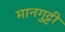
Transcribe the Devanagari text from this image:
मानगुट्टी